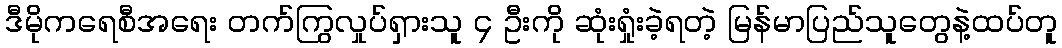
ဒီမိုကရေစီအရေး တက်ကြွလှုပ်ရှားသူ ၄ ဦးကို ဆုံးရှုံးခဲ့ရတဲ့ မြန်မာပြည်သူတွေနဲ့ထပ်တူ